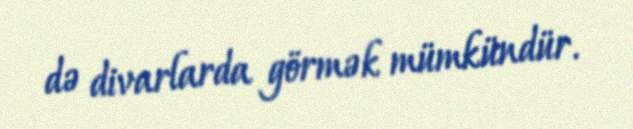
də divarlarda görmək mümkündür.